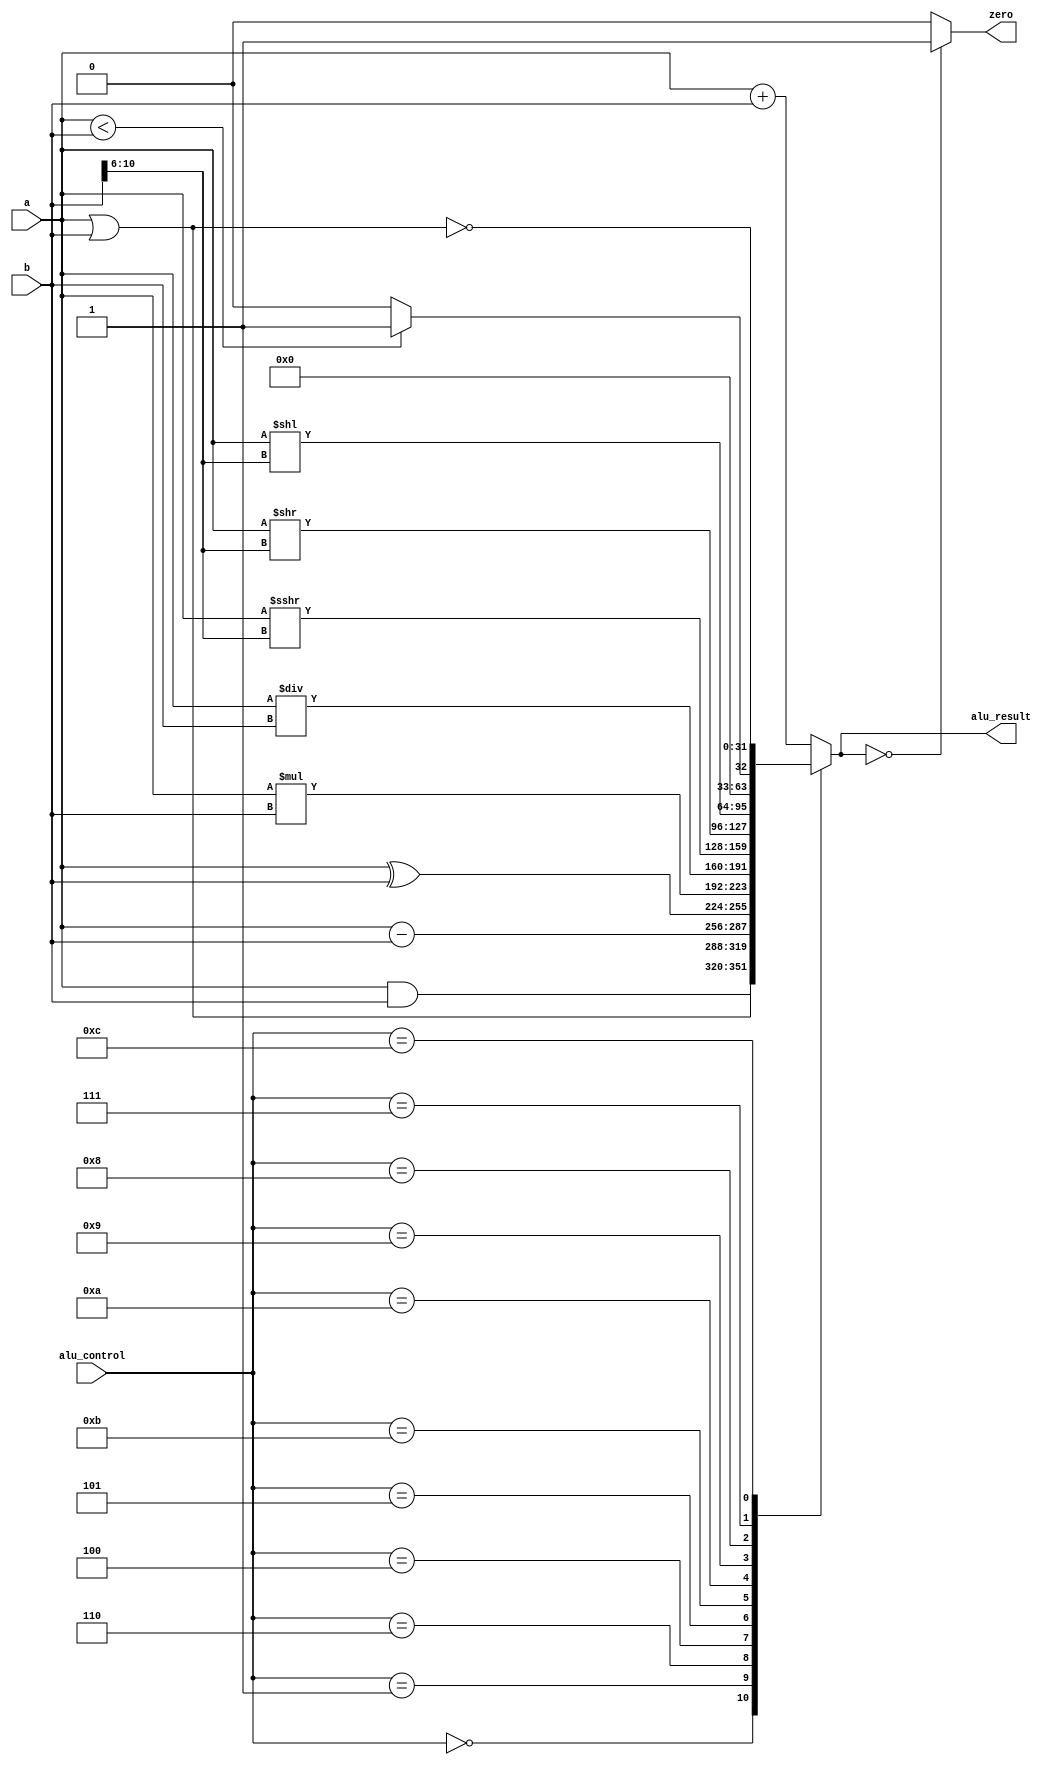
`timescale 1ns / 1ps
//////////////////////////////////////////////////////////////////////////////////
// Company: 
// Engineer: 
// 
// Design Name: 
// Module Name: ALU
// Project Name: 
// Target Devices: 
// Tool Versions: 
// Description: 
// 
// Dependencies: 
// 
// Revision:
// Revision 0.01 - File Created
// Additional Comments:
// 
//////////////////////////////////////////////////////////////////////////////////


module ALU(
    input [31:0] a,  
    input [31:0] b, 
    input [3:0] alu_control,
    output zero, 
    output reg [31:0] alu_result);  
    
 always @(*)
 begin   
      case(alu_control)  
      4'b0000: alu_result = a & b; // and, andi
      4'b0001: alu_result = a | b; // or  
      4'b0010: alu_result = a + b; // add, lw, sw, addi
      4'b0110: alu_result = a - b; // sub, beq
      4'b0100: alu_result = a ^ b; // xor
      4'b0101: alu_result = a * b; // mult
      4'b1011: alu_result = a / b; // div
      4'b1010: alu_result = $signed($signed(a) >>> b[10:6]);//sra
      4'b1001: alu_result = a >> b[10:6];//srl
      4'b1000: alu_result = a << b[10:6];//sll
      4'b0111: alu_result = (a < b) ? 32'b1 : 32'b0;//slt
      4'b1100: alu_result = ~(a | b);//nor
      
      default: alu_result = a + b; // jump  
      endcase  
 end  
 assign zero = (alu_result==32'd0) ? 1'b1: 1'b0;

endmodule